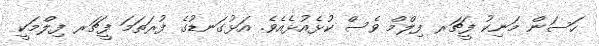
ހަސަން މަނިކު ފީޗަރ ފިލްމް ވެސް ކުޅެއުޅެއެވެ. އަޅުގަނޑުގެ ފުރަތަމަ ފީޗަރ ފިލްމަކީ